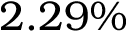
2 . 2 9 \%